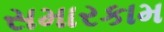
સમારકામ